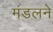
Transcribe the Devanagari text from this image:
मंडलने